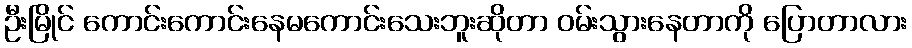
ဦးမြိုင် ကောင်းကောင်းနေမကောင်းသေးဘူးဆိုတာ ဝမ်းသွားနေတာကို ပြောတာလား